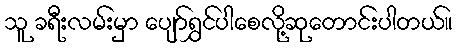
သူ ခရီးလမ်းမှာ ပျော်ရွှင်ပါစေလို့ဆုတောင်းပါတယ်။